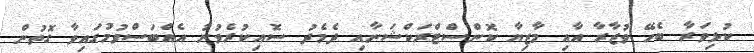
ކުޅިވަރާ ބެހޭ ވުޒާރާ އާއި މާޒިޔާ ކޮންސްޓްރަކްޝަނާއި ދެމެދު ސޮއިކުރެވުނު އެއްބަސްވުމުގައިވާ ގޮތުން